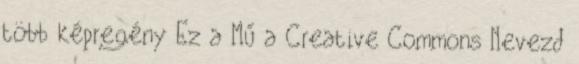
több képregény Ez a Mű a Creative Commons Nevezd